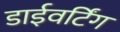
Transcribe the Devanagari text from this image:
डाईवर्टिंग